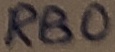
Text: RB0